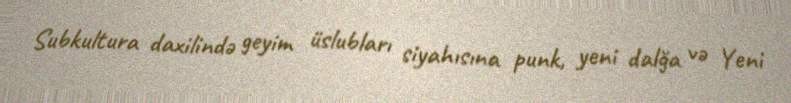
Subkultura daxilində geyim üslubları siyahısına punk, yeni dalğa və Yeni